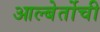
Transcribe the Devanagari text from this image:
आल्बेर्तोची